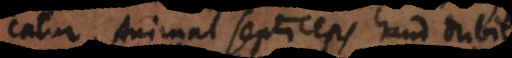
explicatur. Animal septiceps haud dubie